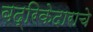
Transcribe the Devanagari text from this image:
बद्रिकेदाराचे